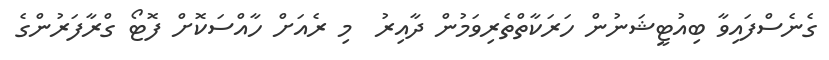
ގެނެސްފައިވާ ބިއުޓީޝަނުން ހަރަކާތްތެރިވަމުން ދާއިރު  މި ރެއަށް ހާއްސަކޮށް ފޮޓޯ ގްރާފަރުންގެ